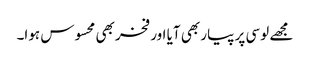
مجھے لوسی پر پیار بھی آیا اور فخر بھی محسوس ہوا۔